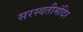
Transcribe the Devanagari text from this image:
सरस्वतीमंदिर